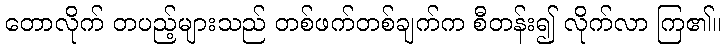
တောလိုက် တပည့်များသည် တစ်ဖက်တစ်ချက်က စီတန်း၍ လိုက်လာ ကြ၏။